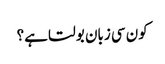
کون سی زبان بولتا ہے؟